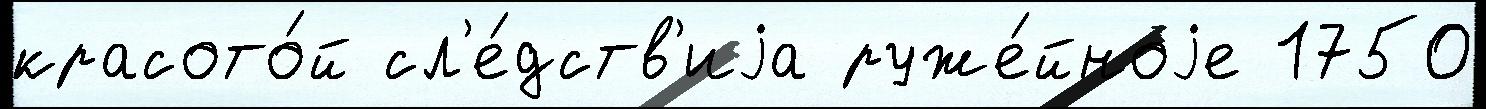
красото́й сл'е́дств'иjа руже́йноjе 1750